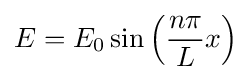
E=E_{0}\sin \left({\frac {n\pi }{L}}x\right)\,\!